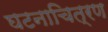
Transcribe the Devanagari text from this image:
घटनाचित्रण